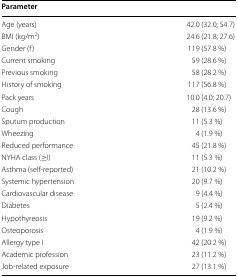
<table><thead><tr><td colspan="2"><b>Parameter</b></td></tr></thead><tbody><tr><td>Age (years)</td><td>42.0 (32.0; 54.7)</td></tr><tr><td>BMI (kg/m<sup>2</sup>)</td><td>24.6 (21.8; 27.6)</td></tr><tr><td>Gender (f)</td><td>119 (57.8 %)</td></tr><tr><td>Current smoking</td><td>59 (28.6 %)</td></tr><tr><td>Previous smoking</td><td>58 (28.2 %)</td></tr><tr><td>History of smoking</td><td>117 (56.8 %)</td></tr><tr><td>Pack years</td><td>10.0 (4.0; 20.7)</td></tr><tr><td>Cough</td><td>28 (13.6 %)</td></tr><tr><td>Sputum production</td><td>11 (5.3 %)</td></tr><tr><td>Wheezing</td><td>4 (1.9 %)</td></tr><tr><td>Reduced performance</td><td>45 (21.8 %)</td></tr><tr><td>NYHA class (≥I)</td><td>11 (5.3 %)</td></tr><tr><td>Asthma (self-reported)</td><td>21 (10.2 %)</td></tr><tr><td>Systemic hypertension</td><td>20 (9.7 %)</td></tr><tr><td>Cardiovascular disease</td><td>9 (4.4 %)</td></tr><tr><td>Diabetes</td><td>5 (2.4 %)</td></tr><tr><td>Hypothyreosis</td><td>19 (9.2 %)</td></tr><tr><td>Osteoporosis</td><td>4 (1.9 %)</td></tr><tr><td>Allergy type I</td><td>42 (20.2 %)</td></tr><tr><td>Academic profession</td><td>23 (11.2 %)</td></tr><tr><td>Job-related exposure</td><td>27 (13.1 %)</td></tr></tbody></table>